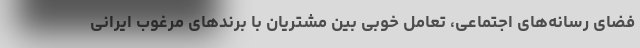
فضای رسانه‌های اجتماعی، تعامل خوبی بین مشتریان با برندهای مرغوب ایرانی